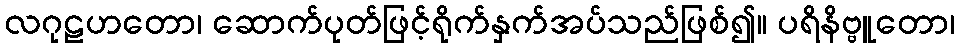
လဂုဠဟတော၊ ဆောက်ပုတ်ဖြင့်ရိုက်နှက်အပ်သည်ဖြစ်၍။ ပရိနိဗ္ဗူတော၊